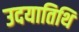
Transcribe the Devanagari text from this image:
उदयातिथि